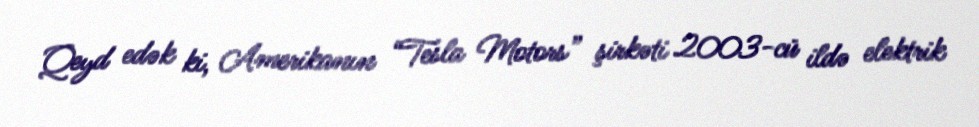
Qeyd edək ki, Amerikanın “Tesla Motors” şirkəti 2003-cü ildə elektrik